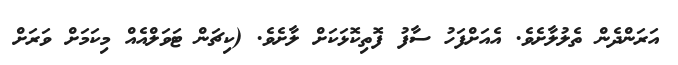
އަރަންދެން ތެލުލާށެވެ. އެއަށްފަހު ސާފު ފޮތިކޮޅަކަށް ލާށެވެ. (ކިޗަން ޓަވަލްއެއް މިކަމަށް ވަރަށް